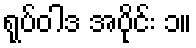
ရုပ်ဝါဒ အပိုင်း ၁။